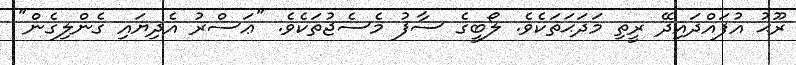
ރޫޙު އުފައްދައިދޭ ރީތި މަދަޙަތަކެވެ. ލޯބީގެ ސާފު މެސެޖުތަކެވެ. "ޢަސްރު އެދިޔައި ގެންލިގެން"